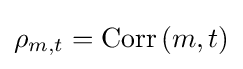
\rho _{m,t}={\textrm {Corr}}\left(m,t\right)